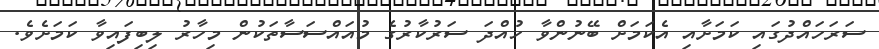
ސަރަހައްދުގައި ކަމަށާއި އެކަމަށް ބޭނުންވާ ހުއްދަ ސަރުކާރުގެ މުއައްސަސާތަކުން މިހާރު ލިބިފައިވާ ކަމަށެވެ.